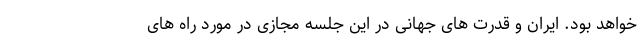
خواهد بود. ایران و قدرت های جهانی در این جلسه مجازی در مورد راه های